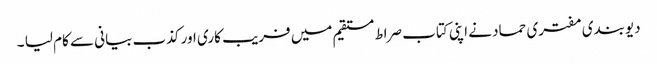
دیوبندی مفتری حماد نے اپنی کتاب صراط مستقیم میں فریب کاری اور کذب بیانی سے کام لیا ۔